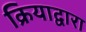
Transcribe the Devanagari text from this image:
क्रियाद्वारा